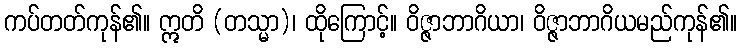
ကပ်တတ်ကုန်၏။ ဣတိ (တသ္မာ)၊ ထိုကြောင့်။ ဝိဇ္ဇာဘာဂိယာ၊ ဝိဇ္ဇာဘာဂိယမည်ကုန်၏။